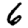
Digit: 6